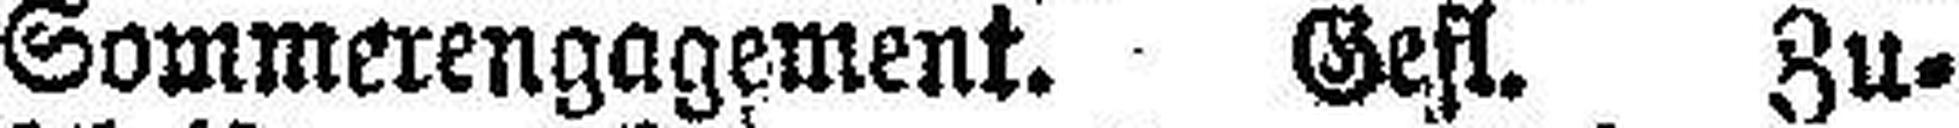
Sommerengagement. Gefl. Zu¬